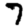
Digit: 7